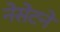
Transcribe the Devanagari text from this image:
नेसेटने